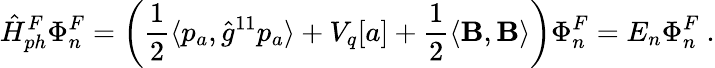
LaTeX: \hat{H}_{ph}^{F}\Phi_{n}^{F}=\left(\frac 12\langle p_{a},\hat{g}^{11}p_{a}\rangle+V_{q}[a]+\frac 12\langle{\mathbf B},{\mathbf B}\rangle\right)\Phi_{n}^{F}=E_{n}\Phi_{n}^{F}\ .